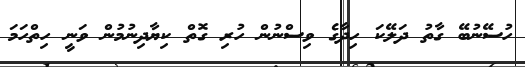
ހުސޭނުބޭ ގާތު ދަލޭކަ ހިދާގެ ވިސްނުން ހުރި ގޮތް ކިޔާދިނުމުން ވަނީ ހިތްހަމަ